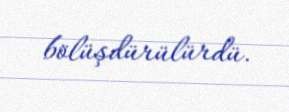
bölüşdürülürdü.